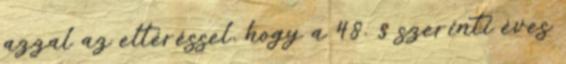
azzal az eltéréssel, hogy a 48. § szerinti éves